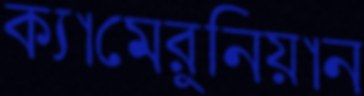
ক্যামেরুনিয়ান